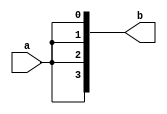
module dut (a, b);
	input a;
	output [3:0] b;
	reg [3:0] b;
	assign b = {4{a}};
endmodule